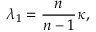
\lambda _ { 1 } = { \frac { n } { n - 1 } } \kappa ,